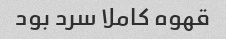
قهوه کاملا سرد بود